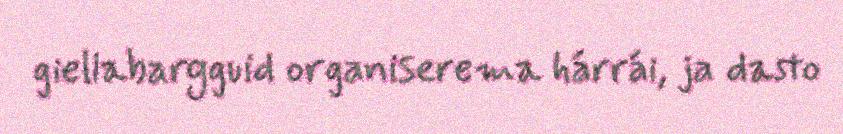
giellabargguid organiserema hárrái, ja dasto